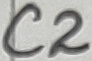
Text: C2